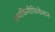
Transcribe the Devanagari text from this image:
पम्पकिनीफिकेशन